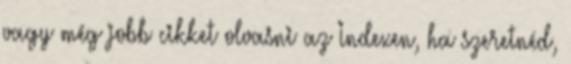
vagy még jobb cikket olvasni az Indexen, ha szeretnéd,